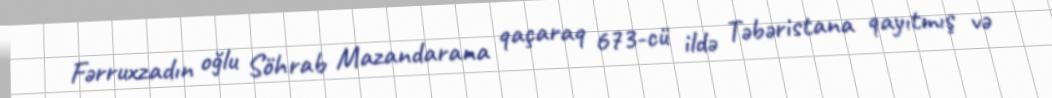
Fərruxzadın oğlu Söhrab Mazandarana qaçaraq 673-cü ildə Təbəristana qayıtmış və